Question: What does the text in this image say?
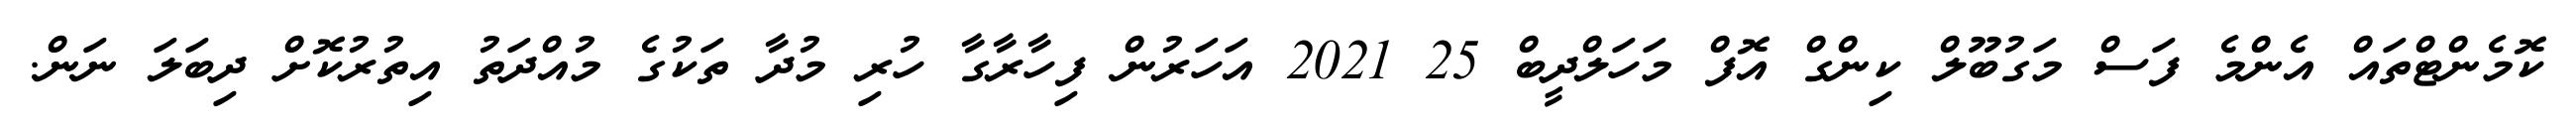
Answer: ކޮމެންޓްތައް އެންމެ ފަސް މަގުބޫލް ކިންގް އޮފް މަހަލްދީބް 25 2021 އަހަރުން ފިހާރާގާ ހުރި މުދާ ތަކުގެ މުއްދަތު އިތުރުކޮށް ދިބަލަ ނަން.